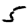
Digit: 5